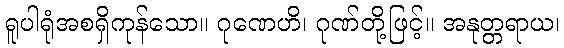
ရူပါရုံအစရှိကုန်သော။ ဂုဏေဟိ၊ ဂုဏ်တို့ဖြင့်။ အနုတ္တရာယ၊